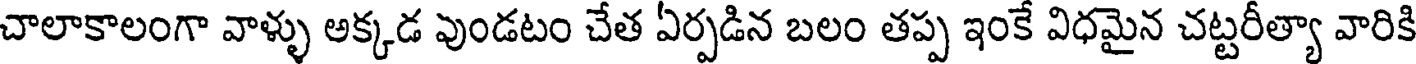
చాలాకాలంగా వాళ్ళు అక్కడ వుండటం చేత ఏర్పడిన బలం తప్ప ఇంకే విధమైన చట్టరీత్యా వారికి